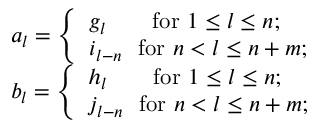
\begin{array} { r l } & { a _ { l } = \left\{ \begin{array} { l l } { g _ { l } \qquad \mathrm { f o r } ~ 1 \leq l \leq n ; } \\ { i _ { l - n } ~ ~ \mathrm { f o r } ~ n < l \leq n + m ; } \end{array} \right. } \\ & { b _ { l } = \left\{ \begin{array} { l l } { h _ { l } \qquad \mathrm { f o r } ~ 1 \leq l \leq n ; } \\ { j _ { l - n } ~ ~ \mathrm { f o r } ~ n < l \leq n + m ; } \end{array} \right. } \end{array}